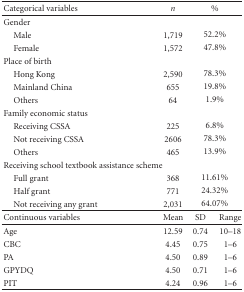
<table><thead><tr><td><b>Categorical variables</b></td><td><b><i>n</i></b></td><td colspan="2"><b>%</b></td></tr></thead><tbody><tr><td>Gender</td><td></td></tr><tr><td> Male</td><td>1,719</td><td colspan="2">52.2%</td></tr><tr><td> Female</td><td>1,572</td><td colspan="2">47.8%</td></tr><tr><td>Place of birth</td><td></td></tr><tr><td> Hong Kong</td><td>2,590</td><td colspan="2">78.3%</td></tr><tr><td> Mainland China</td><td>655</td><td colspan="2">19.8%</td></tr><tr><td> Others</td><td>64</td><td colspan="2">1.9%</td></tr><tr><td>Family economic status</td><td></td></tr><tr><td> Receiving CSSA</td><td>225</td><td colspan="2">6.8%</td></tr><tr><td> Not receiving CSSA</td><td>2606</td><td colspan="2">78.3%</td></tr><tr><td> Others</td><td>465</td><td colspan="2">13.9%</td></tr><tr><td>Receiving school textbook assistance scheme</td><td></td></tr><tr><td> Full grant</td><td>368</td><td colspan="2">11.61%</td></tr><tr><td> Half grant</td><td>771</td><td colspan="2">24.32%</td></tr><tr><td> Not receiving any grant</td><td>2,031</td><td colspan="2">64.07%</td></tr><tr><td>Continuous variables</td><td>Mean</td><td>SD</td><td>Range</td></tr><tr><td>Age</td><td>12.59</td><td>0.74</td><td>10–18</td></tr><tr><td>CBC</td><td>4.45</td><td>0.75</td><td>1–6</td></tr><tr><td>PA</td><td>4.50</td><td>0.89</td><td>1–6</td></tr><tr><td>GPYDQ</td><td>4.50</td><td>0.71</td><td>1–6</td></tr><tr><td>PIT</td><td>4.24</td><td>0.96</td><td>1–6</td></tr></tbody></table>